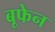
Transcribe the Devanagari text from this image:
बूफेन